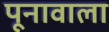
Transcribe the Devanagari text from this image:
पूनावाला